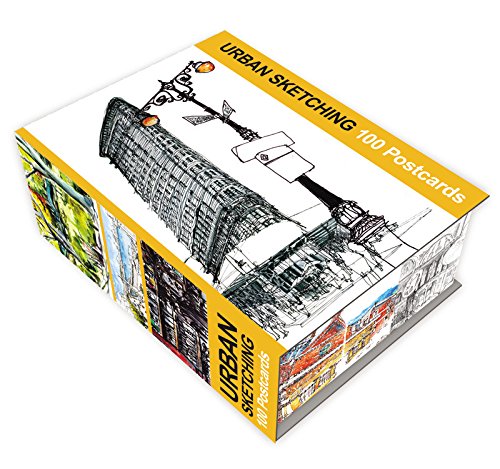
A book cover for Urban Sketching: 100 Postcards: 100 Beautiful Location Sketches from Around the World; Gabriel Campanario; Arts & Photography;